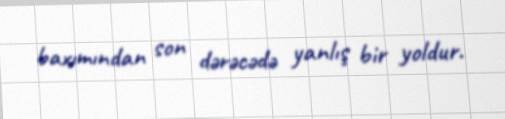
baxımından son dərəcədə yanlış bir yoldur.